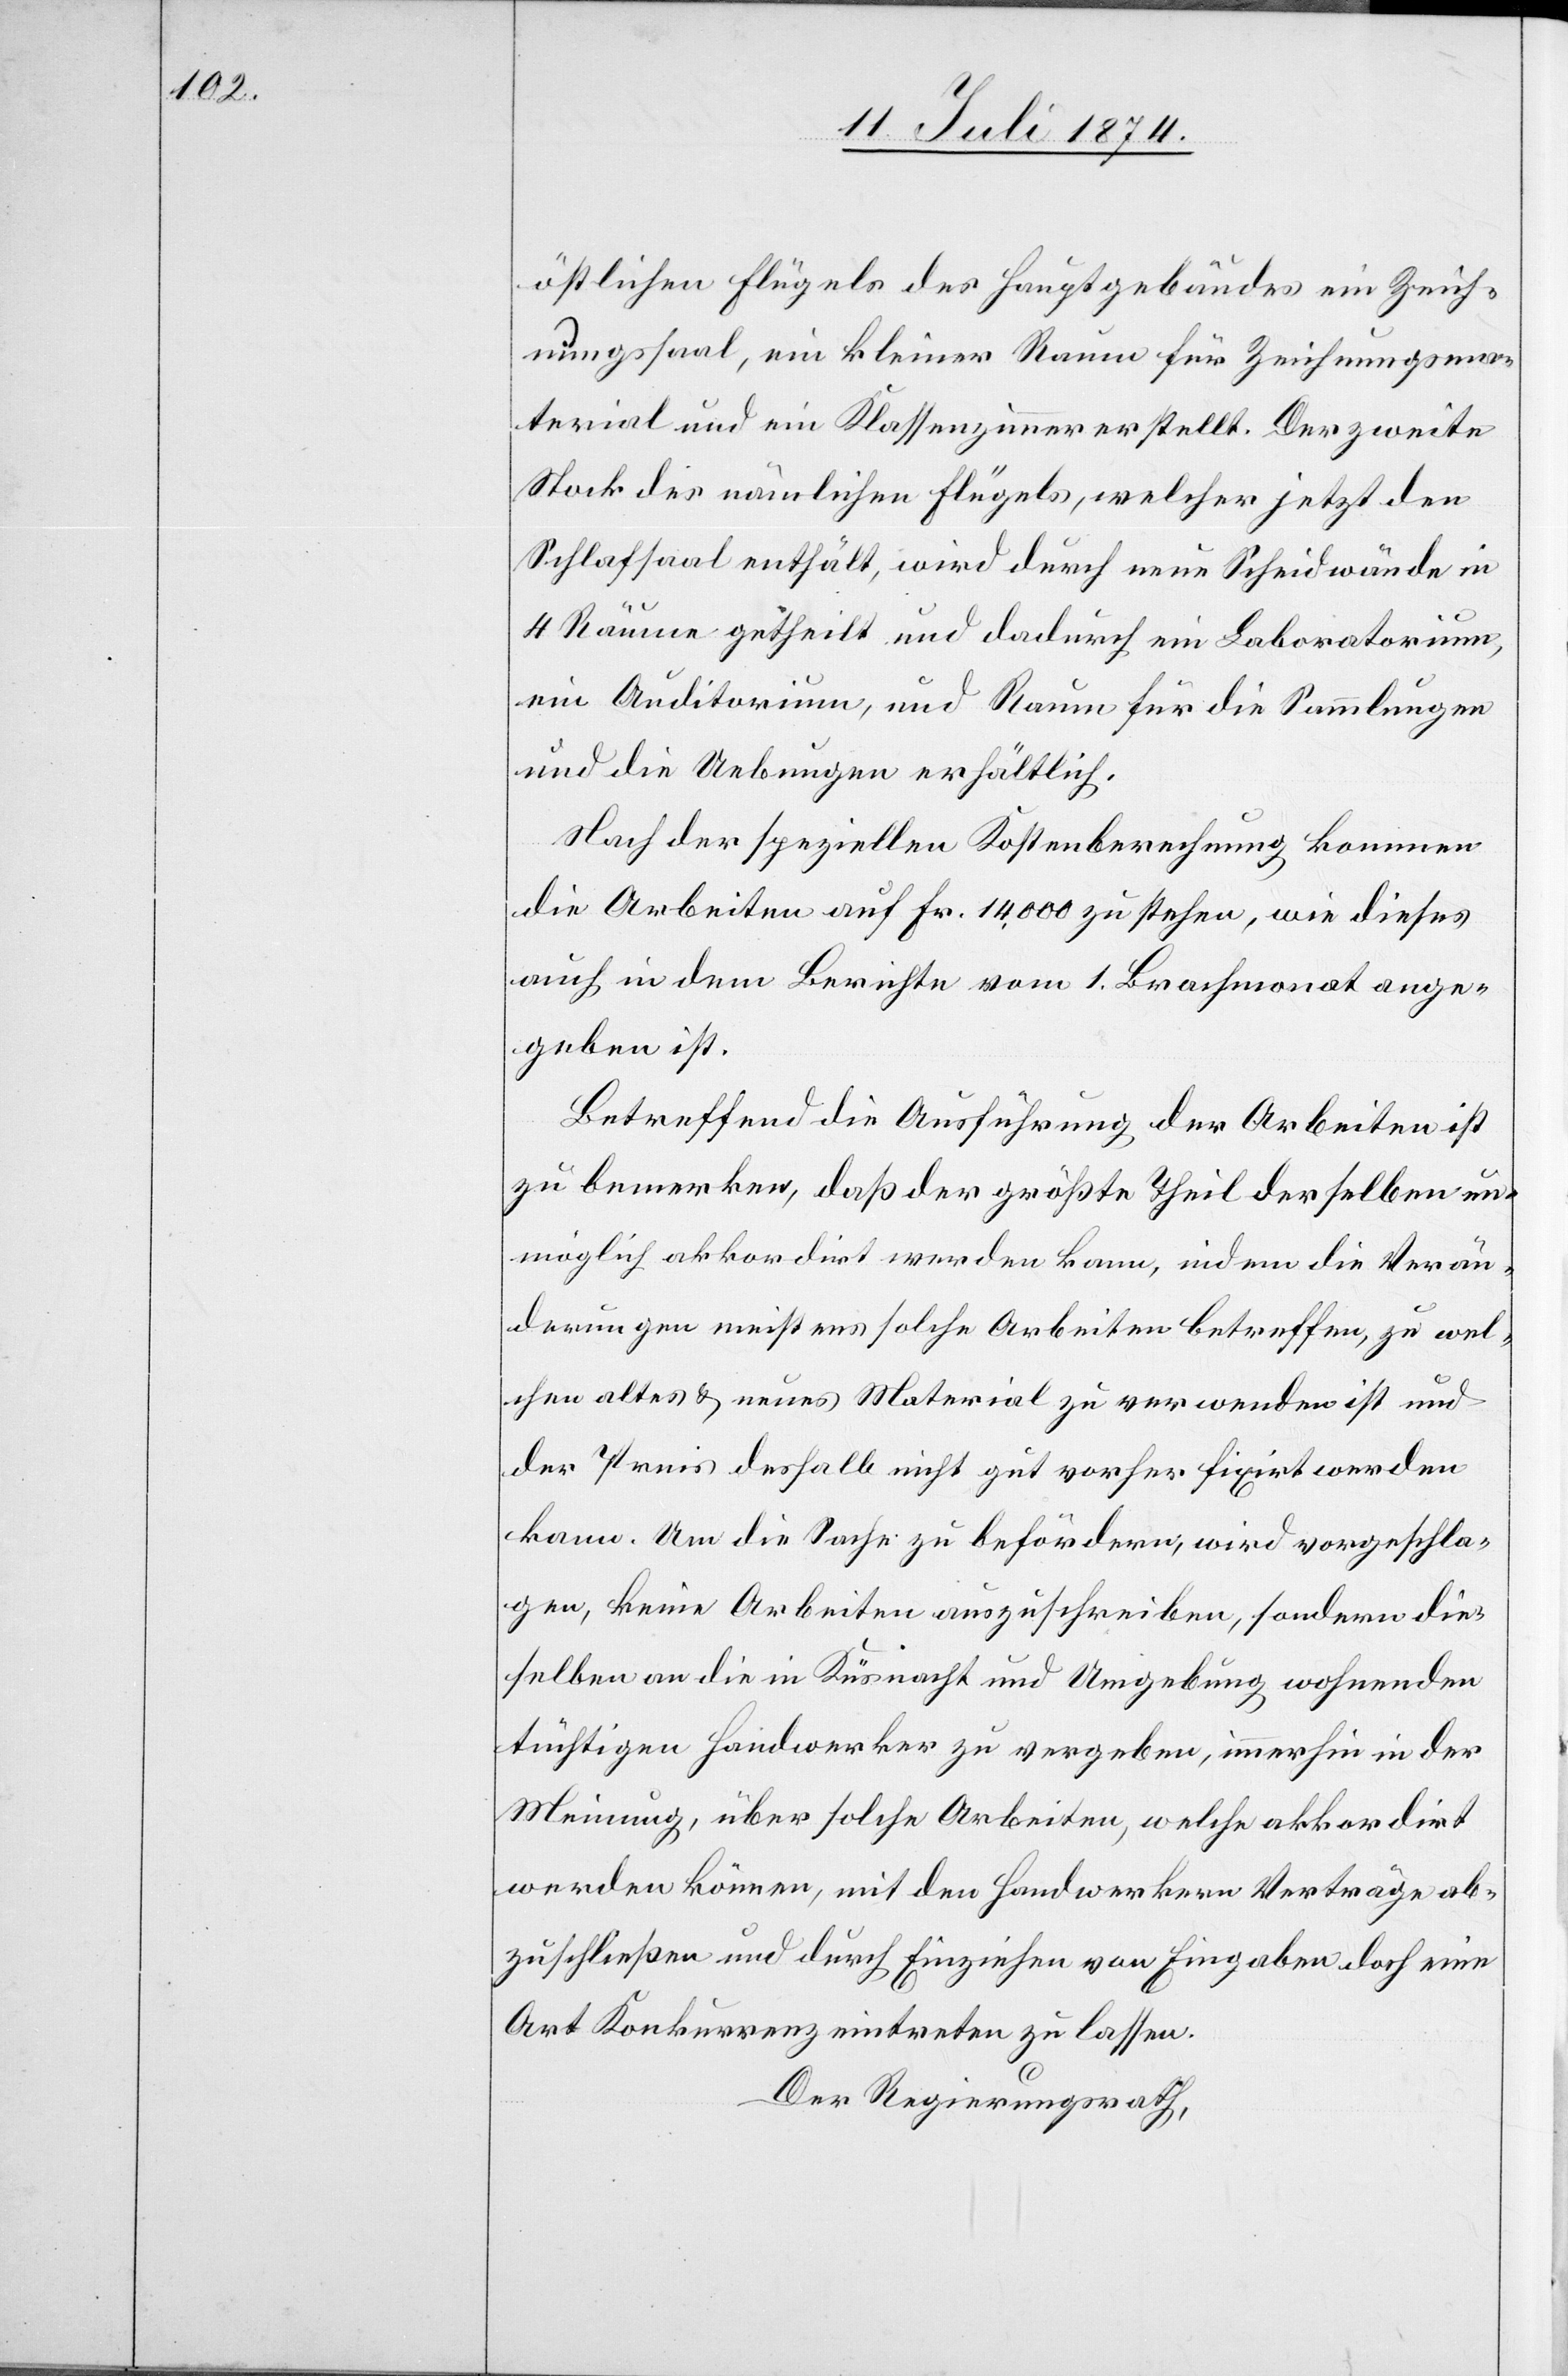
östlichen Flügels des Hauptgebäudes ein Zeich¬
nungssaal, ein kleiner Raum für Zeichnungsma¬
terial und ein Klassenzimmer erstellt. Der zweite
Stock des nämlichen Flügels, welcher jetzt den
Schlafsaal enthält, wird durch neue Scheidwände in
4 Räume getheilt und dadurch ein Laboratorium,
ein Auditorium, und Raum für die Sammlungen
und die Uebungen erhältlich.
Nach der speziellen Kostenberechnung kommen
die Arbeiten auf Fr. 14,000 zu stehen, wie dieses
auch in dem Berichte vom 1. Brachmonat ange¬
geben ist.
Betreffend die Ausführung der Arbeiten ist
zu bemerken, daß der größte Theil derselben un¬
möglich akkordirt werden kann, indem die Verän¬
derungen meistens solche Arbeiten betreffen, zu wel¬
chen altes u. neues Material zu verwenden ist und
der Preis deshalb nicht gut vorher fixirt werden
kann. Um die Sache zu befördern, wird vorgeschla¬
gen, keine Arbeiten auszuschreiben, sondern die¬
selben an die in Küsnacht und Umgebung wohnenden
tüchtigen Handwerker zu vergeben, immerhin in der
Meinung, über solche Arbeiten, welche akkordirt
werden können, mit den Handwerkern Verträge ab¬
zuschließen und durch Einziehen von Eingaben doch eine
Art Konkurrenz eintreten zu lassen.
Der Regierungsrath,